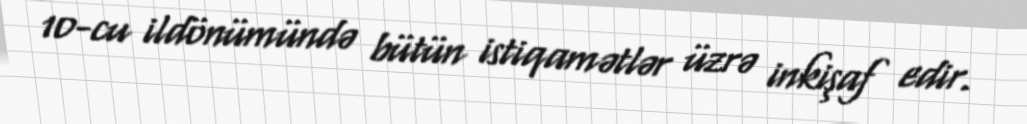
10-cu ildönümündə bütün istiqamətlər üzrə inkişaf edir.